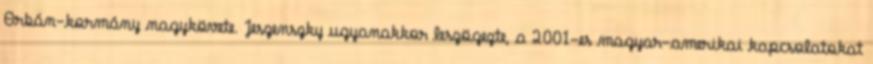
Orbán-kormány nagykövete. Jeszenszky ugyanakkor leszögezte, a 2001-es magyar-amerikai kapcsolatokat